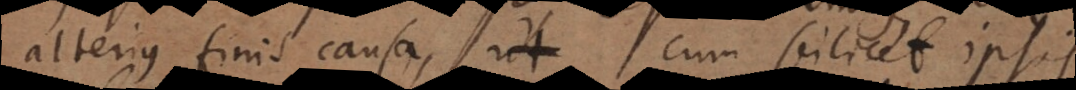
alterius finis causa, cum scilicet ipsis